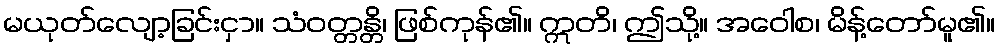
မယုတ်လျော့ခြင်းငှာ။ သံဝတ္တန္တိ၊ ဖြစ်ကုန်၏။ ဣတိ၊ ဤသို့။ အဝေါစ၊ မိန့်တော်မူ၏။